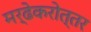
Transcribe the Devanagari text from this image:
मर्ढेकरोत्तर